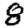
Digit: 8